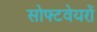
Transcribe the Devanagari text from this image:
सोफ्टवेयरों